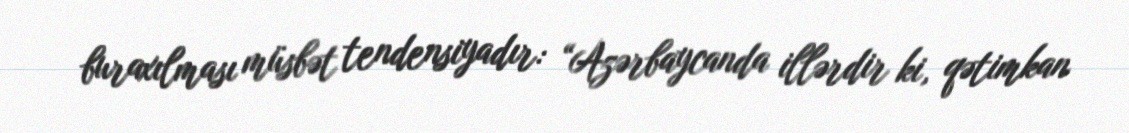
buraxılması müsbət tendensiyadır: “Azərbaycanda illərdir ki, qətimkan